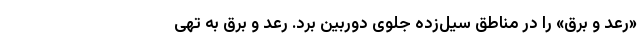
«رعد و برق» را در مناطق سیل‌زده جلوی دوربین برد. رعد و برق به تهی